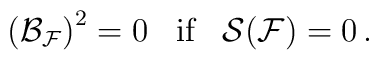
\left({\cal B}_{{\cal F}}\right)^2 = 0\;\;\;{\mbox{if}}\;\;\; {\cal S}({\cal F})=0\,.